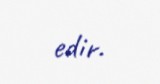
edir.